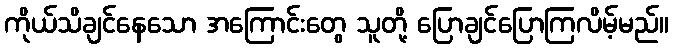
ကိုယ်သိချင်နေသော အကြောင်းတွေ သူတို့ ပြောချင်ပြောကြလိမ့်မည်။